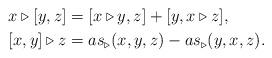
LaTeX: \begin{align*}x\triangleright \lbrack y,z]& =[x\triangleright y,z]+[y,x\triangleright z],\\\lbrack x,y]\triangleright z& =as_{\triangleright}(x,y,z)-as_{\triangleright }(y,x,z).\end{align*}